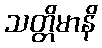
သတ္တိမာနိ